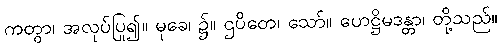
ကတွာ၊ အလုပ်ပြု၍။ မုခေ၊ ၌။ ဌပိတေ၊ သော်။ ဟေဋ္ဌိမဒန္တာ၊ တို့သည်။